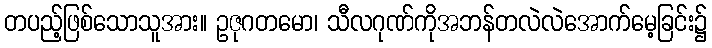
တပည့်ဖြစ်သောသူအား။ ဥဇုဂတမော၊ သီလဂုဏ်ကိုအဘန်တလဲလဲအောက်မေ့ခြင်း၌